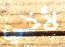
لأخي